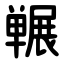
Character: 冁